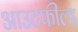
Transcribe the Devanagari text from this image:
आउटफील्‍ड